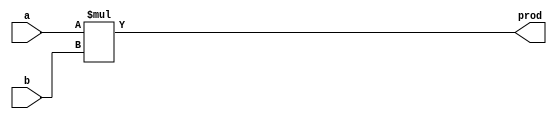
`timescale 1ns / 1ps
//////////////////////////////////////////////////////////////////////////////////
//
// Module: MUL
//
//////////////////////////////////////////////////////////////////////////////////

module MUL #(parameter DATAWIDTH = 8) (a, b, prod);
   input [DATAWIDTH-1:0] a, b;

   output reg [2*DATAWIDTH-1:0] prod;

   always @ (a, b) begin
      prod <= a*b;
   end

endmodule // MUL